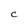
Character: C